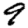
Digit: 9